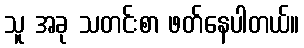
သူ အခု သတင်းစာ ဖတ်နေပါတယ်။